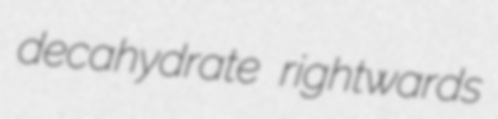
decahydrate rightwards